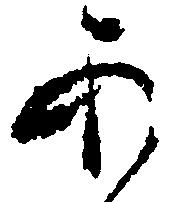
あ